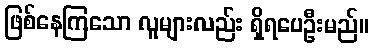
ဖြစ်နေကြသော လူများလည်း ရှိရပေဦးမည်။